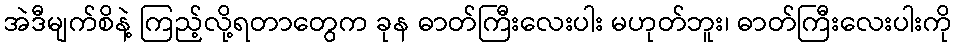
အဲဒီမျက်စိနဲ့ ကြည့်လို့ရတာတွေက ခုန ဓာတ်ကြီးလေးပါး မဟုတ်ဘူး၊ ဓာတ်ကြီးလေးပါးကို